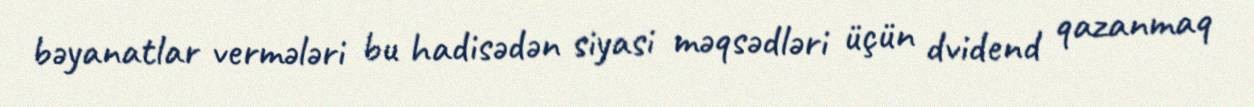
bəyanatlar vermələri bu hadisədən siyasi məqsədləri üçün dvidend qazanmaq